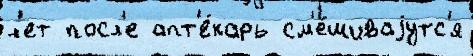
л'ет посл'е апт'е́карь см'е́шиваjутс'я